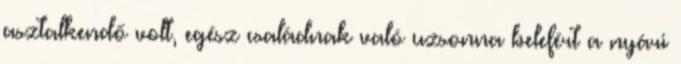
asztalkendő volt, egész családnak való uzsonna belefért a nyári